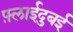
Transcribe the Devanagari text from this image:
फ़्लाईदुबई